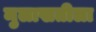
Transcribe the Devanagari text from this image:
मुलाखतीला